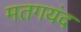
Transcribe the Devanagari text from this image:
मतगयंद